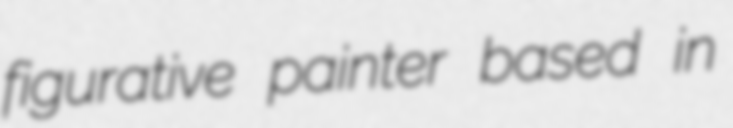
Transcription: figurative painter based in